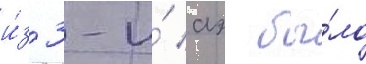
и́з 3-и́ аэ бы́ло